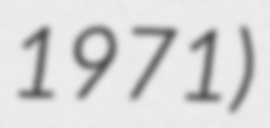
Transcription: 1971)